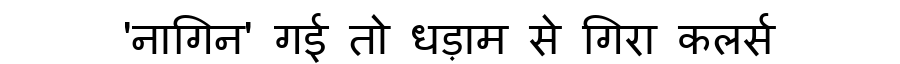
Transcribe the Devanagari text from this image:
'नागिन' गई तो धड़ाम से गिरा कलर्स